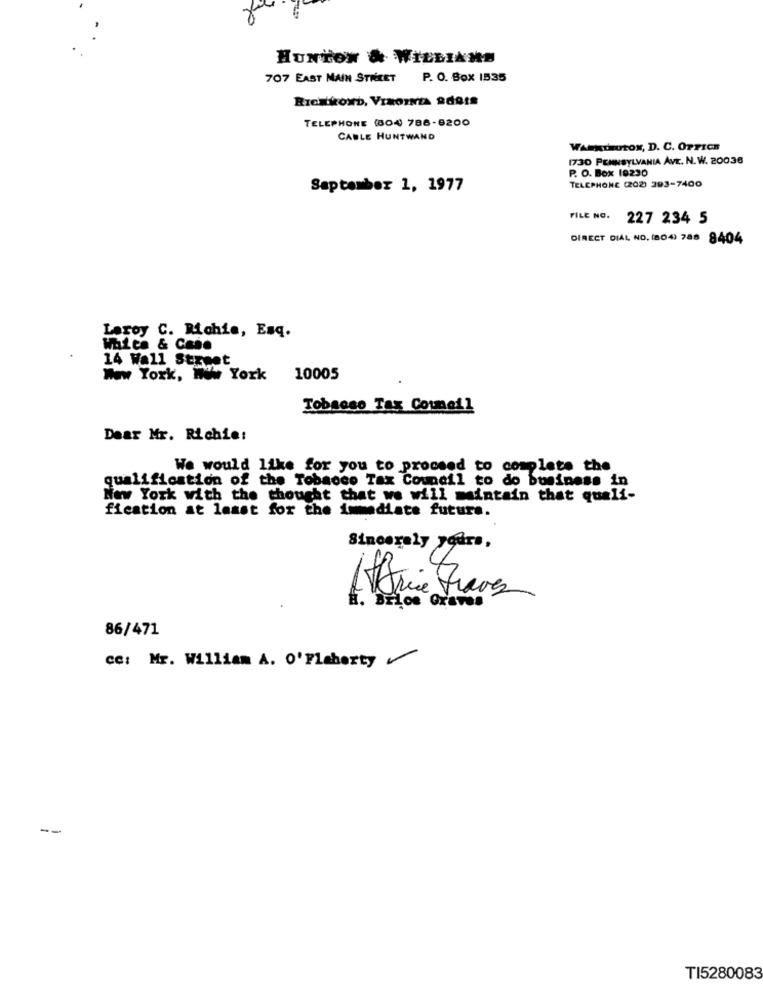
HUNTON & WILLIAMS
707 EAST MAIN STREET
P. O. Box 1535
RICHMOND, VINOINA adetS
TELEPHONE (804 788-9200
CABLE HUNTWAND
WARKIHutON, D. C. OFFICE
1730 PENNSYLVANIA AVE. N.W. 20036
P. O. Box 19230
TELEPHONE (202) 393-7400
September 1, 1977
FILE NO.
227 234 5
DIRECT DIAL NO. (804) 788 8404
Laroy C. Richie, Esq.
White & Case
14 Wall Street
New York, Ww York 10005
Tobaoso Tax Council
Dear Mr. Richie:
We would like for you to proceed to complete the
qualification of the Tobacco Tax Council to do business in
New York with the thought that we will maintain that quali-
fication at least for the immediate future.
Sincerely yours,
Arie Graves
H. Brlos Graves
86/471
ce: Mr. William A. O'Flaherty
--
TI5280083